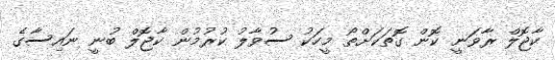
ކާޖޮލް ރާވަނީ ކޮން ގޮތަކަށްތޯ މީހަކު ސުވާލު ކުރުމުން ކާޖޮލް ބުނީ ނައިސާގެ